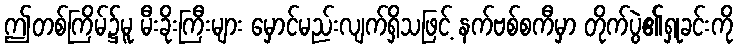
ဤတစ်ကြိမ်၌မူ မီးခိုးကြီးများ မှောင်မည်းလျက်ရှိသဖြင့် နက်ဗစ်စကီမှာ တိုက်ပွဲ၏ရှုခင်းကို